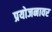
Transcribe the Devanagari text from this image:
प्रयोजनावर